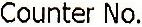
COUNTER NO.